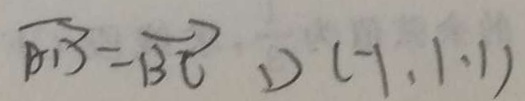
\overrightarrow { B D } = \overrightarrow { B C } D ( - 1 , 1 , 1 )